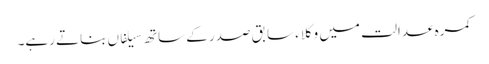
کمرہ عدالت میں وکلاء سابق صدر کے ساتھ سیلفاں بناتے رہے۔